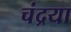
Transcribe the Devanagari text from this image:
चंद्रया